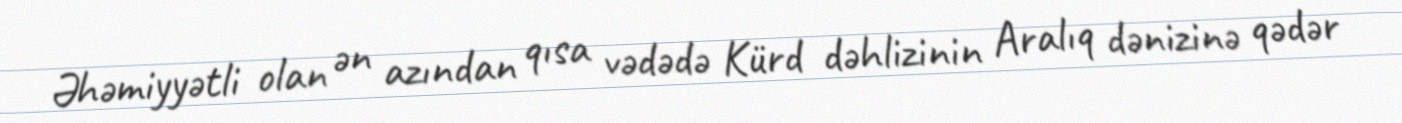
Əhəmiyyətli olan ən azından qısa vədədə Kürd dəhlizinin Aralıq dənizinə qədər